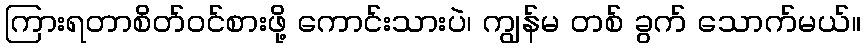
ကြားရတာစိတ်ဝင်စားဖို့ ကောင်းသားပဲ၊ ကျွန်မ တစ် ခွက် သောက်မယ်။